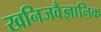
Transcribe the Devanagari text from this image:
खनिजवैज्ञानिक